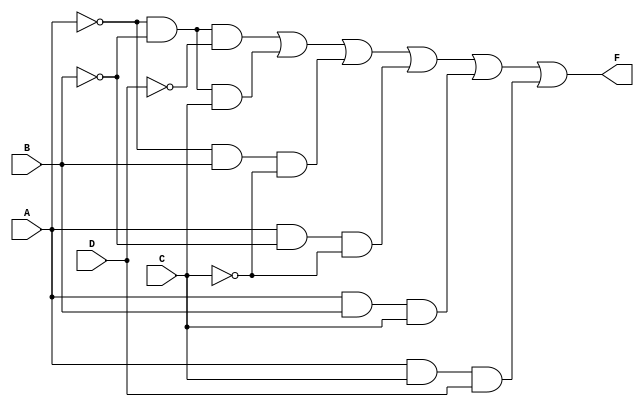
module PrimeImplicantCLB (
    input wire A,
    input wire B,
    input wire C,
    input wire D,
    output wire F
);

// Define the prime implicants based on a truth table or Karnaugh map.
// For example, let's assume we have the following minterms: 1, 2, 3, 5, 6, 7, 8, 9, 10, 14
// The prime implicants could be represented as follows (this is just an example):
// P1 = A'B'D' (covers minterms 0)
// P2 = A'B'C (covers minterms 2, 3)
// P3 = A'BC' (covers minterms 4, 5)
// P4 = AB'C' (covers minterms 8, 9)
// P5 = ABC (covers minterms 6, 7)
// P6 = ACD (covers minterms 10, 14)

wire P1, P2, P3, P4, P5, P6;

// Generate the prime implicants
assign P1 = ~A & ~B & ~D; // A'B'D'
assign P2 = ~A & ~B & C;  // A'B'C
assign P3 = ~A & B & ~C;  // A'BC'
assign P4 = A & ~B & ~C;  // AB'C'
assign P5 = A & B & C;     // ABC
assign P6 = A & C & D;     // ACD

// Combine the prime implicants to form the final output
// The logic function F is the OR of the essential prime implicants
assign F = P1 | P2 | P3 | P4 | P5 | P6;

endmodule